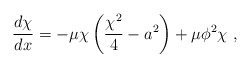
\begin{align*}\frac{d\chi}{dx} =- \mu\chi\left(\frac{\chi^2}{4} -a^2\right) + \mu\phi^2\chi ~,\end{align*}